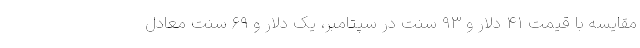
مقایسه با قیمت ۴۱ دلار و ۹۳ سنت در سپتامبر، یک دلار و ۶۹ سنت معادل